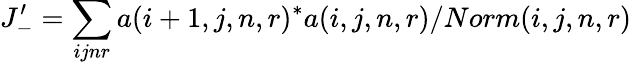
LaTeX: J_{-}^{\prime}=\sum_{ijnr}a(i+1,j,n,r)^{*}a(i,j,n,r)/Norm(i,j,n,r)